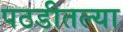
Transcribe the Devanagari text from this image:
पठडीतल्या